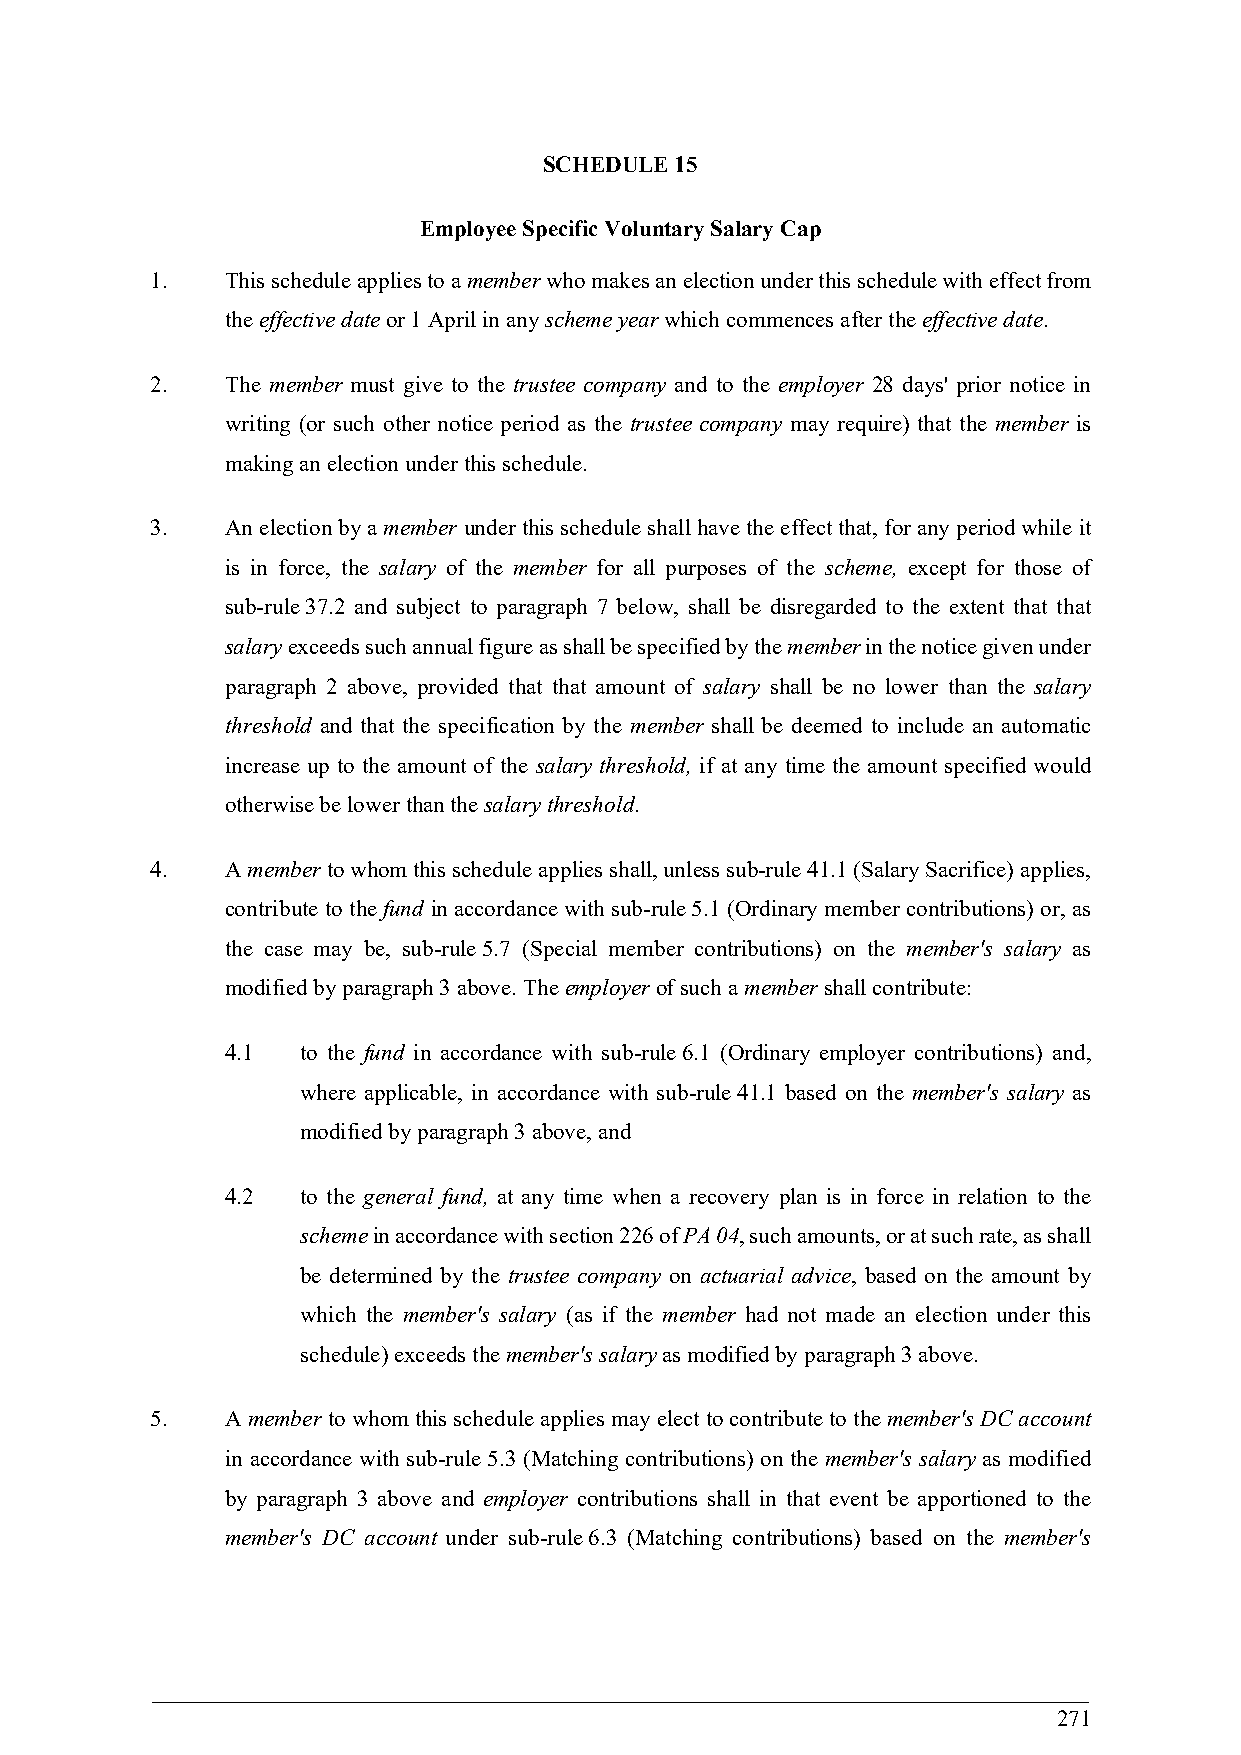
SCHEDULE 15
 Employee Specific Voluntary Salary Cap
 1.   This schedule applies to a member who makes an election under this schedule with effect from
 the effective date or 1 April in any scheme year which commences after the effective date.
 2.   The member must give to the trustee company and to the employer 28 days' prior notice in
 writing (or such other notice period as the trustee company may require) that the member is
 making an election under this schedule.
 3.   An election by a member under this schedule shall have the effect that, for any period while it
 is in force, the salary of the member for all purposes of the scheme, except for those of
 sub-rule 37.2 and subject to paragraph 7 below, shall be disregarded to the extent that that
 salary exceeds such annual figure as shall be specified by the member in the notice given under
 paragraph 2 above, provided that that amount of salary shall be no lower than the salary
 threshold and that the specification by the member shall be deemed to include an automatic
 increase up to the amount of the salary threshold, if at any time the amount specified would
 otherwise be lower than the salary threshold.
 4.   A member to whom this schedule applies shall, unless sub-rule 41.1 (Salary Sacrifice) applies,
 contribute to the fund in accordance with sub-rule 5.1 (Ordinary member contributions) or, as
 the case may be, sub-rule 5.7 (Special member contributions) on the member's salary as
 modified by paragraph 3 above. The employer of such a member shall contribute:
 4.1  to the fund in accordance with sub-rule 6.1 (Ordinary employer contributions) and,
 where applicable, in accordance with sub-rule 41.1 based on the member's salary as
 modified by paragraph 3 above, and
 4.2  to the general fund, at any time when a recovery plan is in force in relation to the
 scheme in accordance with section 226 of PA 04, such amounts, or at such rate, as shall
 be determined by the trustee company on actuarial advice, based on the amount by
 which the member's salary (as if the member had not made an election under this
 schedule) exceeds the member's salary as modified by paragraph 3 above.
 5.   A member to whom this schedule applies may elect to contribute to the member's DC account
 in accordance with sub-rule 5.3 (Matching contributions) on the member's salary as modified
 by paragraph 3 above and employer contributions shall in that event be apportioned to the
 member's DC account under sub-rule 6.3 (Matching contributions) based on the member's
 271